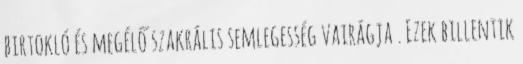
birtokló és megélő szakrális semlegesség vairágja . Ezek billentik